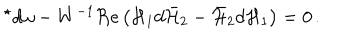
LaTeX: { } ^ { \star } d \omega - W ^ { - 1 } \Re \mathrm { e } \left( { \cal H } _ { 1 } d \bar { \cal H } _ { 2 } - \bar { \cal H } _ { 2 } d { \cal H } _ { 1 } \right) = 0 \, .